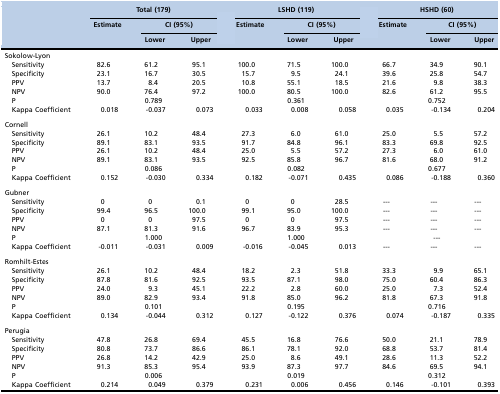
<table><thead><tr><td rowspan="3"></td><td colspan="3"><b>Total (179)</b></td><td colspan="3"><b>LSHD (119)</b></td><td colspan="3"><b>HSHD (60)</b></td></tr><tr><td rowspan="2"><b>Estimate</b></td><td colspan="2"><b>CI (95%)</b></td><td rowspan="2"><b>Estimate</b></td><td colspan="2"><b>CI (95%)</b></td><td rowspan="2"><b>Estimate</b></td><td colspan="2"><b>CI (95%)</b></td></tr><tr><td><b>Lower</b></td><td><b>Upper</b></td><td><b>Lower</b></td><td><b>Upper</b></td><td><b>Lower</b></td><td><b>Upper</b></td></tr></thead><tbody><tr><td colspan="10">Sokolow-Lyon</td></tr><tr><td>Sensitivity</td><td>82.6</td><td>61.2</td><td>95.1</td><td>100.0</td><td>71.5</td><td>100.0</td><td>66.7</td><td>34.9</td><td>90.1</td></tr><tr><td>Specificity</td><td>23.1</td><td>16.7</td><td>30.5</td><td>15.7</td><td>9.5</td><td>24.1</td><td>39.6</td><td>25.8</td><td>54.7</td></tr><tr><td>PPV</td><td>13.7</td><td>8.4</td><td>20.5</td><td>10.8</td><td>55.1</td><td>18.5</td><td>21.6</td><td>9.8</td><td>38.3</td></tr><tr><td>NPV</td><td>90.0</td><td>76.4</td><td>97.2</td><td>100.0</td><td>80.5</td><td>100.0</td><td>82.6</td><td>61.2</td><td>95.5</td></tr><tr><td>P</td><td colspan="3">0.789</td><td colspan="3">0.361</td><td colspan="3">0.752</td></tr><tr><td>Kappa Coefficient</td><td>0.018</td><td>-0.037</td><td>0.073</td><td>0.033</td><td>0.008</td><td>0.058</td><td>0.035</td><td>-0.134</td><td>0.204</td></tr><tr><td colspan="10">Cornell</td></tr><tr><td>Sensitivity</td><td>26.1</td><td>10.2</td><td>48.4</td><td>27.3</td><td>6.0</td><td>61.0</td><td>25.0</td><td>5.5</td><td>57.2</td></tr><tr><td>Specificity</td><td>89.1</td><td>83.1</td><td>93.5</td><td>91.7</td><td>84.8</td><td>96.1</td><td>83.3</td><td>69.8</td><td>92.5</td></tr><tr><td>PPV</td><td>26.1</td><td>10.2</td><td>48.4</td><td>25.0</td><td>5.5</td><td>57.2</td><td>27.3</td><td>6.0</td><td>61.0</td></tr><tr><td>NPV</td><td>89.1</td><td>83.1</td><td>93.5</td><td>92.5</td><td>85.8</td><td>96.7</td><td>81.6</td><td>68.0</td><td>91.2</td></tr><tr><td>P</td><td colspan="3">0.086</td><td colspan="3">0.082</td><td colspan="3">0.677</td></tr><tr><td>Kappa Coefficient</td><td>0.152</td><td>-0.030</td><td>0.334</td><td>0.182</td><td>-0.071</td><td>0.435</td><td>0.086</td><td>-0.188</td><td>0.360</td></tr><tr><td colspan="10">Gubner</td></tr><tr><td>Sensitivity</td><td>0</td><td>0</td><td>0.1</td><td>0</td><td>0</td><td>28.5</td><td>---</td><td>---</td><td>---</td></tr><tr><td>Specificity</td><td>99.4</td><td>96.5</td><td>100.0</td><td>99.1</td><td>95.0</td><td>100.0</td><td>---</td><td>---</td><td>---</td></tr><tr><td>PPV</td><td>0</td><td>0</td><td>97.5</td><td>0</td><td>0</td><td>97.5</td><td>---</td><td>---</td><td>---</td></tr><tr><td>NPV</td><td>87.1</td><td>81.3</td><td>91.6</td><td>96.7</td><td>83.9</td><td>95.3</td><td>---</td><td>---</td><td>---</td></tr><tr><td>P</td><td colspan="3">1.000</td><td colspan="3">1.000</td><td colspan="3">---</td></tr><tr><td>Kappa Coefficient</td><td>-0.011</td><td>-0.031</td><td>0.009</td><td>-0.016</td><td>-0.045</td><td>0.013</td><td>---</td><td>---</td><td>---</td></tr><tr><td colspan="10">Romhilt-Estes</td></tr><tr><td>Sensitivity</td><td>26.1</td><td>10.2</td><td>48.4</td><td>18.2</td><td>2.3</td><td>51.8</td><td>33.3</td><td>9.9</td><td>65.1</td></tr><tr><td>Specificity</td><td>87.8</td><td>81.6</td><td>92.5</td><td>93.5</td><td>87.1</td><td>98.0</td><td>75.0</td><td>60.4</td><td>86.3</td></tr><tr><td>PPV</td><td>24.0</td><td>9.3</td><td>45.1</td><td>22.2</td><td>2.8</td><td>60.0</td><td>25.0</td><td>7.3</td><td>52.4</td></tr><tr><td>NPV</td><td>89.0</td><td>82.9</td><td>93.4</td><td>91.8</td><td>85.0</td><td>96.2</td><td>81.8</td><td>67.3</td><td>91.8</td></tr><tr><td>P</td><td colspan="3">0.101</td><td colspan="3">0.195</td><td colspan="3">0.716</td></tr><tr><td>Kappa Coefficient</td><td>0.134</td><td>-0.044</td><td>0.312</td><td>0.127</td><td>-0.122</td><td>0.376</td><td>0.074</td><td>-0.187</td><td>0.335</td></tr><tr><td colspan="10">Perugia</td></tr><tr><td>Sensitivity</td><td>47.8</td><td>26.8</td><td>69.4</td><td>45.5</td><td>16.8</td><td>76.6</td><td>50.0</td><td>21.1</td><td>78.9</td></tr><tr><td>Specificity</td><td>80.8</td><td>73.7</td><td>86.6</td><td>86.1</td><td>78.1</td><td>92.0</td><td>68.8</td><td>53.7</td><td>81.4</td></tr><tr><td>PPV</td><td>26.8</td><td>14.2</td><td>42.9</td><td>25.0</td><td>8.6</td><td>49.1</td><td>28.6</td><td>11.3</td><td>52.2</td></tr><tr><td>NPV</td><td>91.3</td><td>85.3</td><td>95.4</td><td>93.9</td><td>87.3</td><td>97.7</td><td>84.6</td><td>69.5</td><td>94.1</td></tr><tr><td>P</td><td colspan="3">0.006</td><td colspan="3">0.019</td><td colspan="3">0.312</td></tr><tr><td>Kappa Coefficient</td><td>0.214</td><td>0.049</td><td>0.379</td><td>0.231</td><td>0.006</td><td>0.456</td><td>0.146</td><td>-0.101</td><td>0.393</td></tr></tbody></table>